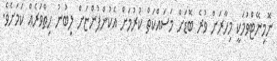
ނޮމިނޭޓްވުމަކީ މިހާރަށް ވުރެ ބޮޑަށް މަސައްކަތް ކުރުމަށް އެކުންފުންޏަށް ލިބުނު ހިތްވަރެއް ކަމަށެވެ.